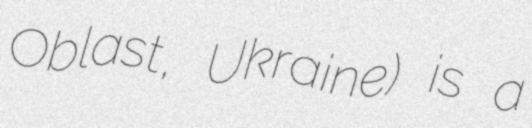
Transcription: Oblast, Ukraine) is a